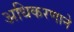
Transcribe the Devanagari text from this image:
अधिकरणाने